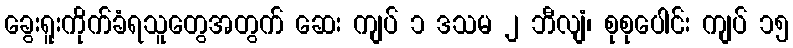
ခွေးရူးကိုက်ခံရသူတွေအတွက် ဆေး ကျပ် ၁ ဒသမ ၂ ဘီလျံ၊ စုစုပေါင်း ကျပ် ၁၅